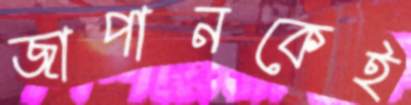
জাপানকেই